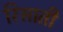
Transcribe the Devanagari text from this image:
रिसाती